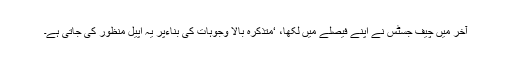
آخر میں چیف جسٹس نے اپنے فیصلے میں لکھا، ‘متذکرہ بالا وجوہات کی بناءپر یہ اپیل منظور کی جاتی ہے۔